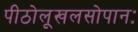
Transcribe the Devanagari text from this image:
पीठोलूखलसोपानः